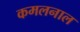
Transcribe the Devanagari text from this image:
कमलनाल